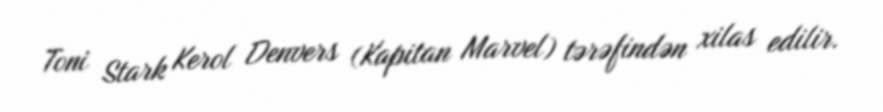
Toni Stark Kerol Denvers (Kapitan Marvel) tərəfindən xilas edilir.